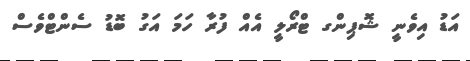
އަޑު އިވެނީ ޝޮޕިންގ ޓްރޯލީ އެއް ފުރާ ހަމަ އަގު ބޮޑު ސެންޓްވެސް